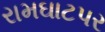
રામઘાટપર